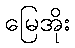
မြေအိုး